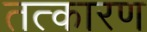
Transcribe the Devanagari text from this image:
तत्कारण